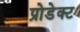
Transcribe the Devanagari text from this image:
प्रोडेक्ट